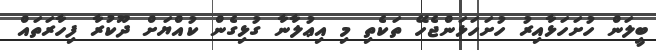
ބީލަން ހުށަހަޅާއިރު ހުށަހަޅަންޖެހޭ ތަކެތި މި އިޢުލާނާ ގުޅިގެން ކުއްޔަށް ދޫކުރާ ފިހާރަތައް